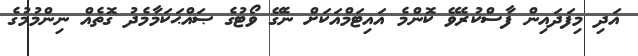
އަދި މިފަދައިން ފާސްކުރެވޭ ކޮންމެ އައިޓަމްއަކަށް ނެގޭ ވޯޓުގެ ޞައްޙަކަމާމެދު ގޮތެއް ނިންމުމުގެ